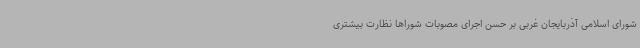
شورای اسلامی آذربایجان غربی بر حسن اجرای مصوبات شوراها نظارت بیشتری